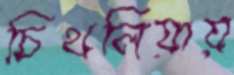
চিথলিয়ায়